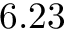
6 . 2 3